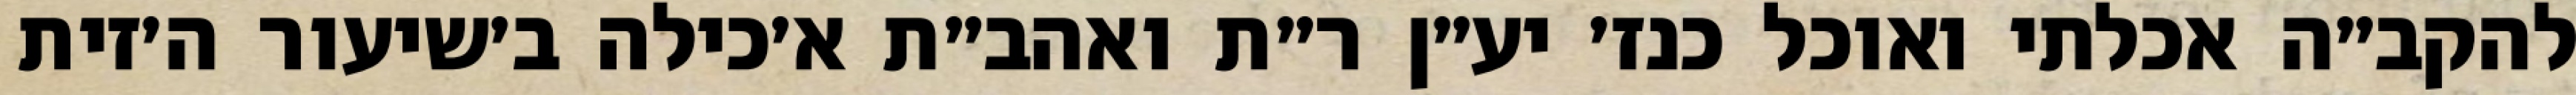
להקב״ה אכלתי ואוכל כנז׳ יע״ן ר״ת ואהב״ת א׳כילה ב׳שיעור ה׳זית